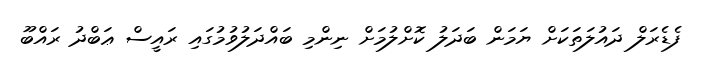
ފެޑެރަލް ދައުލަތަކަށް ޔަމަން ބަދަލު ކޮށްލުމަށް ނިންމި ބައްދަލުވުމުގައި ރައީސް ޢަބްދު ރައްބޫ